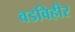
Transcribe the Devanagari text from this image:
वडविहीर